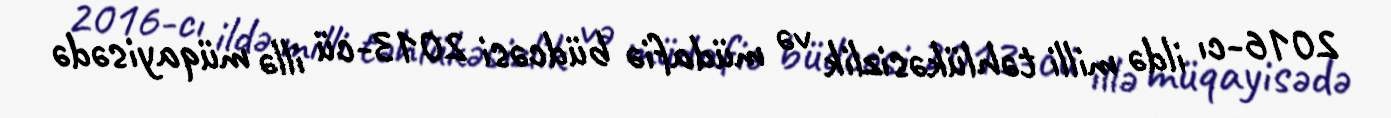
2016-cı ildə milli təhlükəsizlik və müdafiə büdcəsi 2013-cü illə müqayisədə